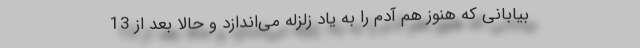
بیابانی که هنوز هم آدم را به یاد زلزله می‌اندازد و حالا بعد از 13